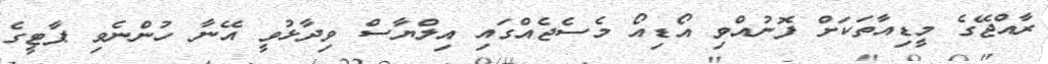
ރާއްޖޭގެ މީޑިއާތަކަށް ފޮނުއްވި އޯޑިއޯ މެސެޖެއްގައި އިލްޔާސް ވިދާޅުވީ އޭނާ ހުންނެވި ޕާޓީގެ